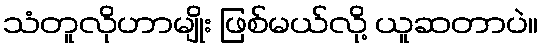
သံတူလိုဟာမျိုး ဖြစ်မယ်လို့ ယူဆတာပဲ။